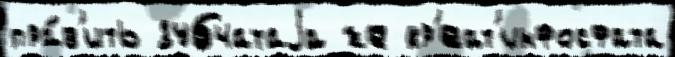
пра́в'ить зубчатаjа же кр'еат'инфосфата